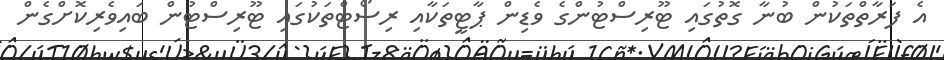
އެ ފަރާތްތަކުން ބުނާ ގޮތުގައި ޓޫރިސްޓުންގެ ވެޑިން ޕާޓީތަކާއި ރިސޯޓްތަކުގައި ޓޫރިސްޓުން ބައިވެރިކޮށްގެން